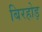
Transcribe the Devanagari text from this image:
बिरहोड़